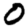
Digit: 0